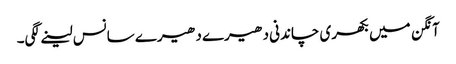
آنگن میں بکھری چاندنی دھیرے دھیرے سانس لینے لگی۔